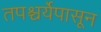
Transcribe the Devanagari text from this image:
तपश्चर्येपासून